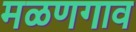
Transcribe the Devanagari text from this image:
मळणगाव